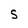
Character: S